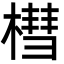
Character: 槥